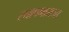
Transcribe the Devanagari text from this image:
स्थापनाराजा